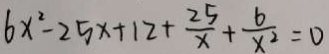
6 x ^ { 2 } - 2 5 x + 1 2 + \frac { 2 5 } { x } + \frac { 6 } { x ^ { 2 } } = 0